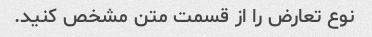
نوع تعارض را از قسمت متن مشخص کنید.